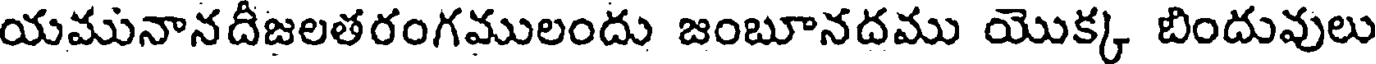
యమునానదీజలతరంగములందు జంబూనదము యొక్క బిందువులు